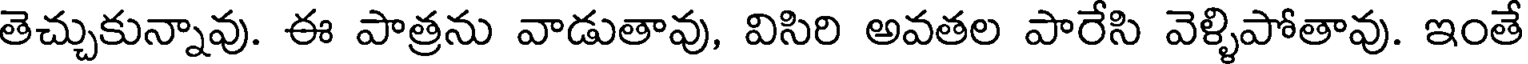
తెచ్చుకున్నావు. ఈ పాత్రను వాడుతావు, విసిరి అవతల పారేసి వెళ్ళిపోతావు. ఇంతే